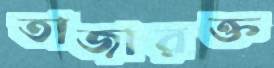
তাজারক্ত